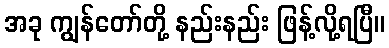
အခု ကျွန်တော်တို့ နည်းနည်း ဖြန့်လို့ရပြီ။